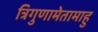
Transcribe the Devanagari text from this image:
त्रिगुणामेतामाहु